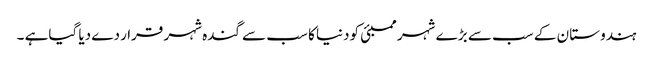
ہندوستا ن کے سب سے بڑ ے شہر ممبئی کودنیا کا سب سے گندہ شہر قرا ر دے دیا گیاہے ۔